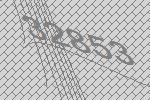
32853